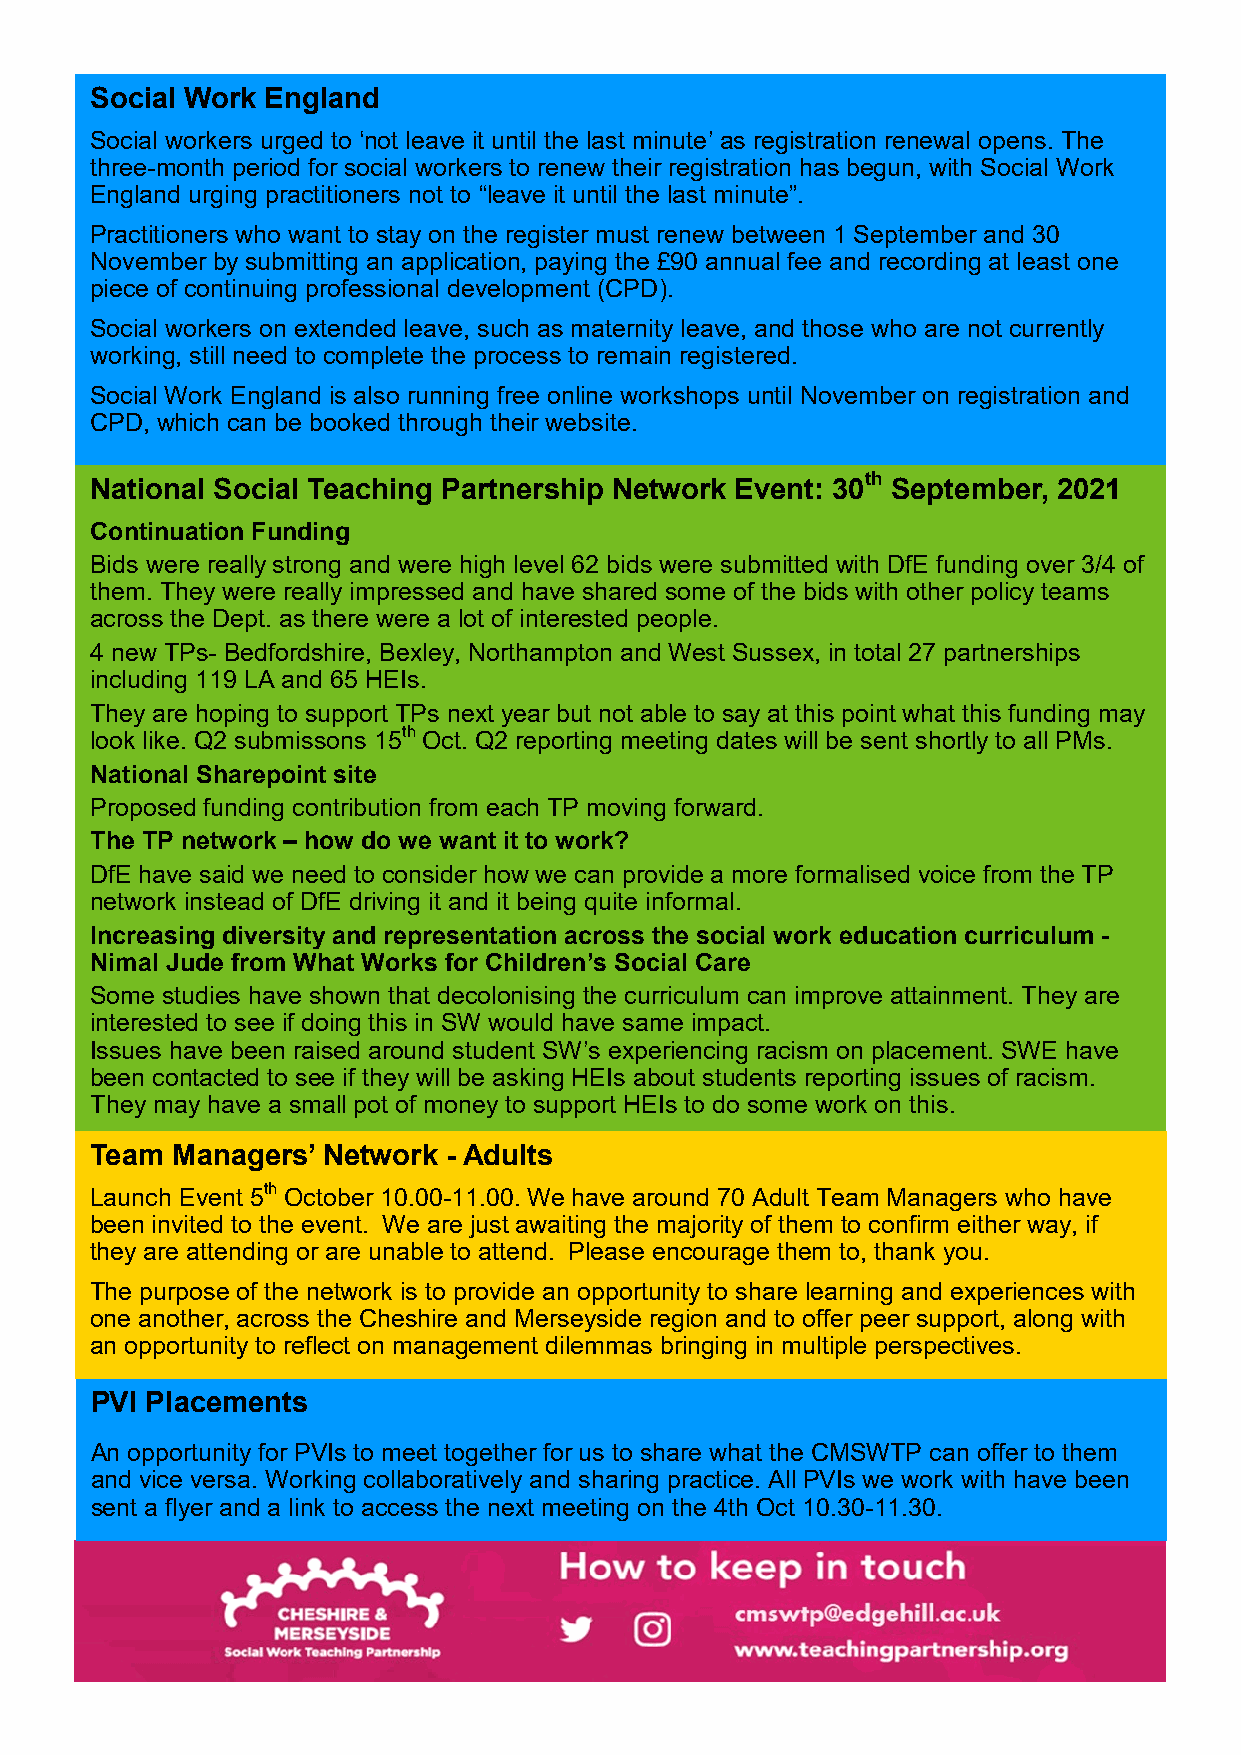
Social Work England
 Social workers urged to ‘not leave it until the last minute’ as registration renewal opens. The
 three-month period for social workers to renew their registration has begun, with Social Work
 England urging practitioners not to “leave it until the last minute”.
 Practitioners who want to stay on the register must renew between 1 September and 30
 November by submitting an application, paying the £90 annual fee and recording at least one
 piece of continuing professional development (CPD).
 Social workers on extended leave, such as maternity leave, and those who are not currently
 working, still need to complete the process to remain registered.
 Social Work England is also running free online workshops until November on registration and
 CPD, which can be booked through their website.
 National Social Teaching Partnership Network Event: 30th September, 2021
 Continuation Funding
 Bids were really strong and were high level 62 bids were submitted with DfE funding over 3/4 of
 them. They were really impressed and have shared some of the bids with other policy teams
 across the Dept. as there were a lot of interested people.
 4 new TPs- Bedfordshire, Bexley, Northampton and West Sussex, in total 27 partnerships
 including 119 LA and 65 HEIs.
 They are hoping to support TPs next year but not able to say at this point what this funding may
 look like. Q2 submissons 15th Oct. Q2 reporting meeting dates will be sent shortly to all PMs.
 National Sharepoint site
 Proposed funding contribution from each TP moving forward.
 The TP network – how do we want it to work?
 DfE have said we need to consider how we can provide a more formalised voice from the TP
 network instead of DfE driving it and it being quite informal.
 Increasing diversity and representation across the social work education curriculum -
 Nimal Jude from What Works for Children’s Social Care
 Some studies have shown that decolonising the curriculum can improve attainment. They are
 interested to see if doing this in SW would have same impact.
 Issues have been raised around student SW’s experiencing racism on placement. SWE have
 been contacted to see if they will be asking HEIs about students reporting issues of racism.
 They may have a small pot of money to support HEIs to do some work on this.
 Team Managers’ Network  - Adults
 Launch Event 5th October 10.00-11.00. We have around 70 Adult Team Managers who have
 been invited to the event. We are just awaiting the majority of them to confirm either way, if
 they are attending or are unable to attend. Please encourage them to, thank you.
 The purpose of the network is to provide an opportunity to share learning and experiences with
 one another, across the Cheshire and Merseyside region and to offer peer support, along with
 an opportunity to reflect on management dilemmas bringing in multiple perspectives.
 PVI Placements
 An opportunity for PVIs to meet together for us to share what the CMSWTP can offer to them
 and vice versa. Working collaboratively and sharing practice. All PVIs we work with have been
 sent a flyer and a link to access the next meeting on the 4th Oct 10.30-11.30.